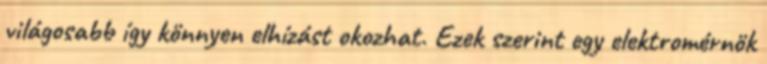
világosabb így könnyen elhízást okozhat. Ezek szerint egy elektromérnök